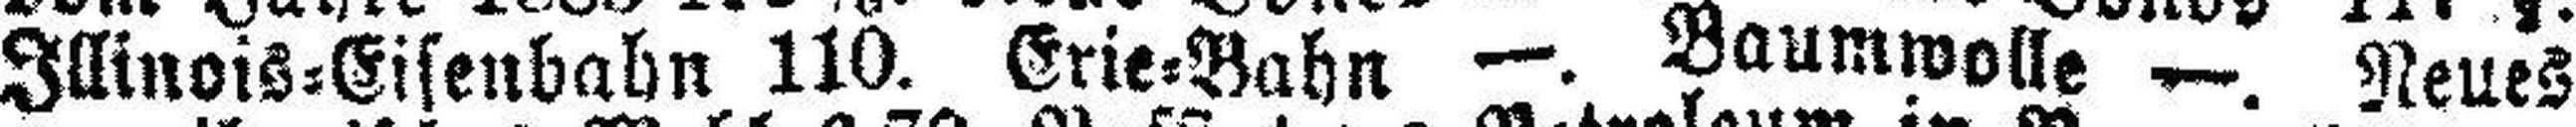
Illinois=Eisenbabn 110. Erie=Bahn —. Baumwolle —. Neues